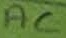
Text: AC